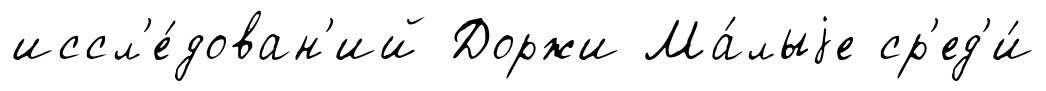
иссл'е́дован'ий Доржи Ма́лыjе ср'ед'и́